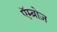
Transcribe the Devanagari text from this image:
एॅम्ब्रोज़